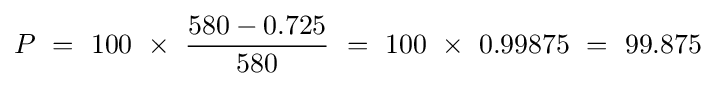
P~=~100~\times ~{\frac {580-0.725}{580}}~=~100~\times ~0.99875~=~99.875